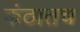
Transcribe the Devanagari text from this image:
कंठातच